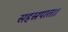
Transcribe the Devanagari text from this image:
सहस्रपात।।